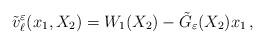
LaTeX: \begin{align*} \tilde v_\ell^\varepsilon (x_1,X_2)= W_1(X_2) -\tilde G_\varepsilon(X_2)x_1\,, \end{align*}